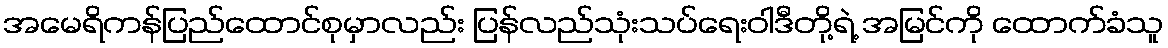
အမေရိကန်ပြည်ထောင်စုမှာလည်း ပြန်လည်သုံးသပ်ရေးဝါဒီတို့ရဲ့ အမြင်ကို ထောက်ခံသူ